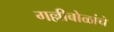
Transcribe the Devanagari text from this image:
गल्लीबोळांचे